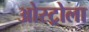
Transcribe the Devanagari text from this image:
ओस्ट्रोला